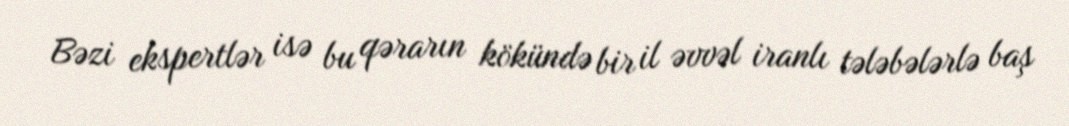
Bəzi ekspertlər isə bu qərarın kökündə bir il əvvəl iranlı tələbələrlə baş